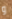
و